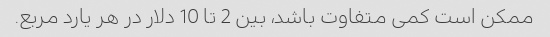
ممکن است کمی متفاوت باشد، بین 2 تا 10 دلار در هر یارد مربع.